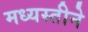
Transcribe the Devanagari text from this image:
मध्यस्तीने